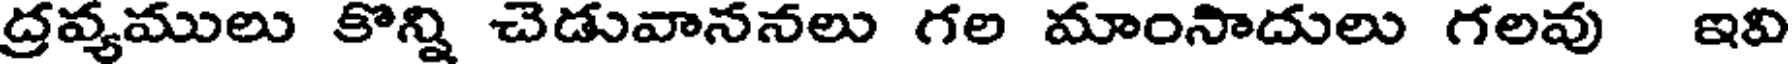
ద్రవ్యములు కొన్ని చెడువాననలు గల మాంనాదులు గలవు ఇవి